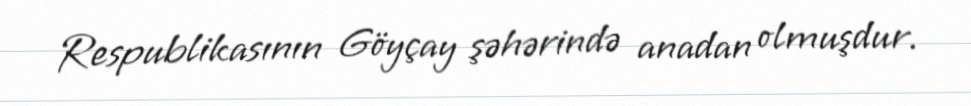
Respublikasının Göyçay şəhərində anadan olmuşdur.